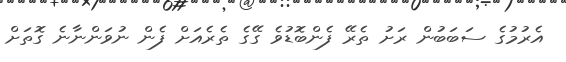
އެރުމުގެ ސަބަބުން ރަށު ތެރޭ ފެންބޮޑުވެ ގޭގެ ތެރެއަށް ފެން ނުވަންނާނެ ގޮތަށް